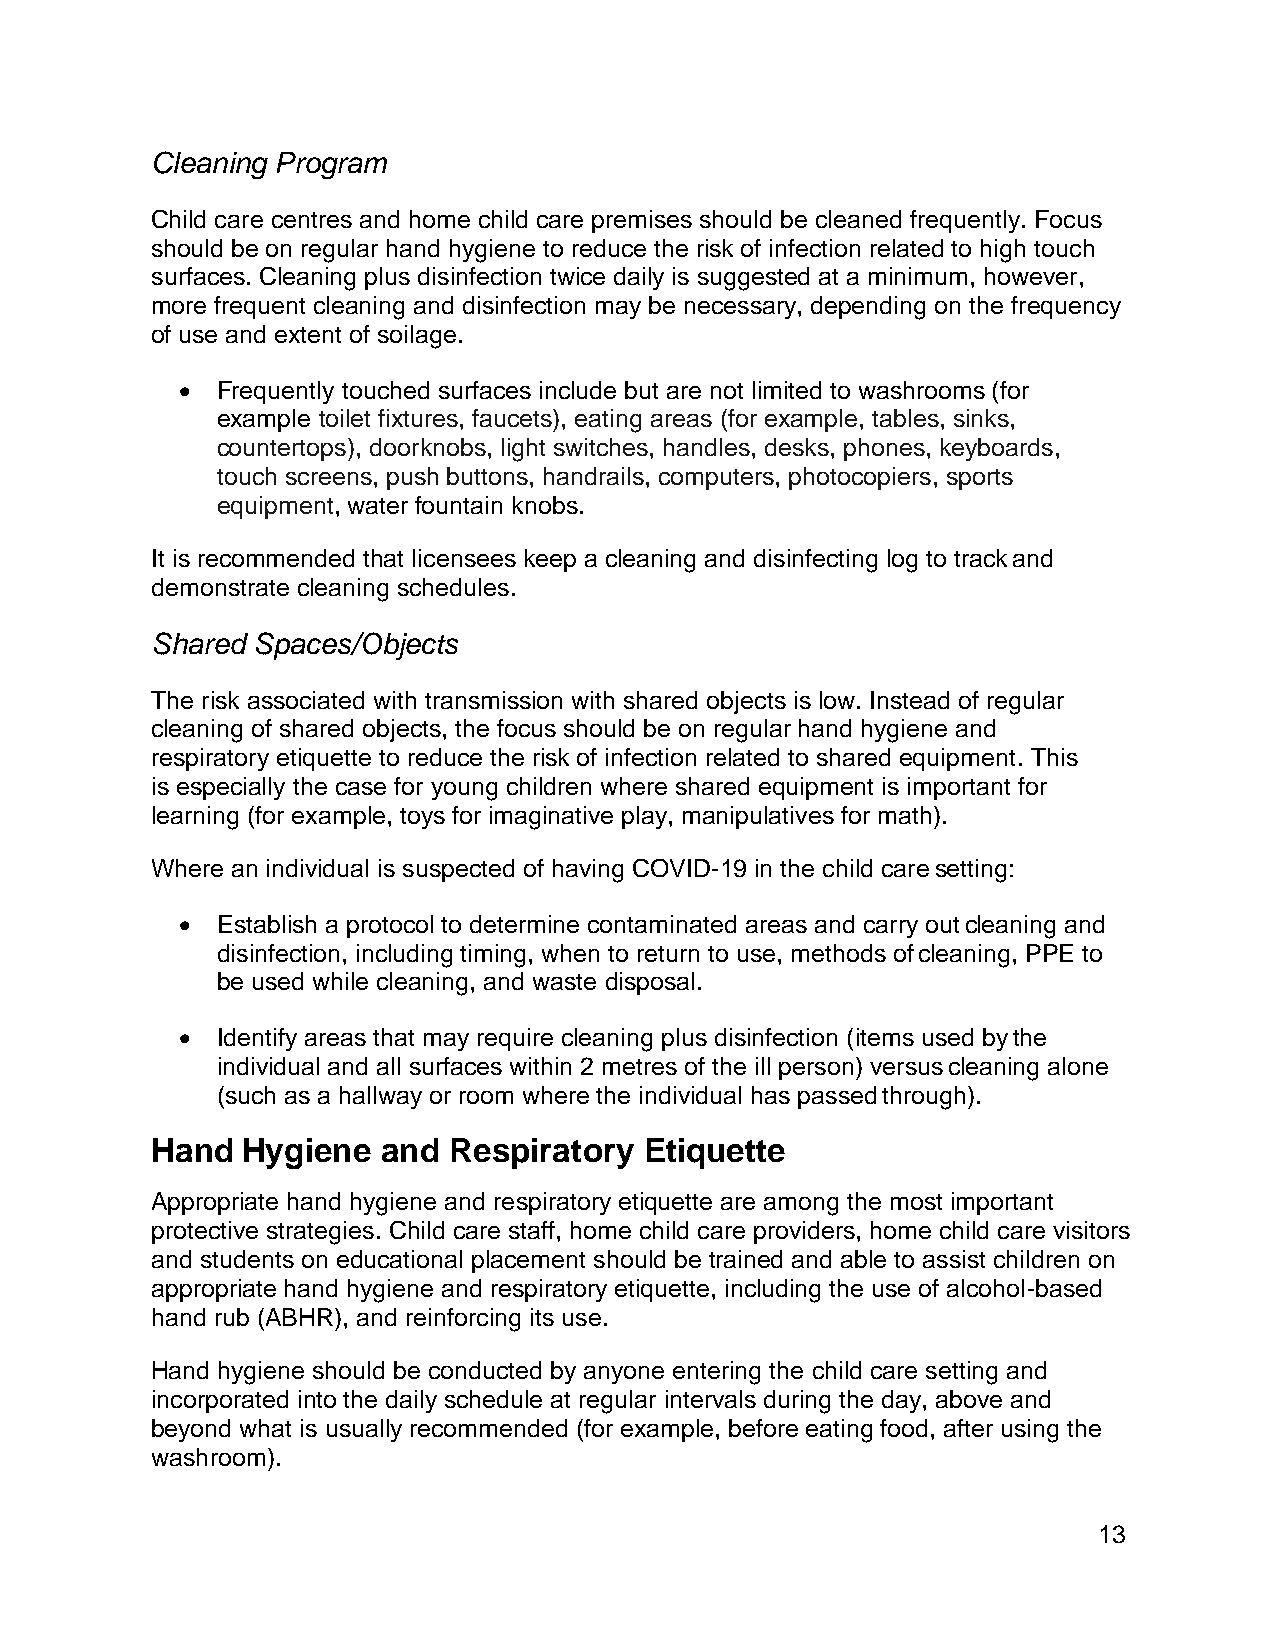
Cleaning Program
 Child care centres and home child care premises should be cleaned frequently. Focus
 should be on regular hand hygiene to reduce the risk of infection related to high touch
 surfaces. Cleaning plus disinfection twice daily is suggested at a minimum, however,
 more frequent cleaning and disinfection may be necessary, depending on the frequency
 of use and extent of soilage.
 • Frequently touched surfaces include but are not limited to washrooms (for
 example toilet fixtures, faucets), eating areas (for example, tables, sinks,
 countertops), doorknobs, light switches, handles, desks, phones, keyboards,
 touch screens, push buttons, handrails, computers, photocopiers, sports
 equipment, water fountain knobs.
 It is recommended that licensees keep a cleaning and disinfecting log to track and
 demonstrate cleaning schedules.
 Shared Spaces/Objects
 The risk associated with transmission with shared objects is low. Instead of regular
 cleaning of shared objects, the focus should be on regular hand hygiene and
 respiratory etiquette to reduce the risk of infection related to shared equipment. This
 is especially the case for young children where shared equipment is important for
 learning (for example, toys for imaginative play, manipulatives for math).
 Where an individual is suspected of having COVID-19 in the child care setting:
 • Establish a protocol to determine contaminated areas and carry out cleaning and
 disinfection, including timing, when to return to use, methods of cleaning, PPE to
 be used while cleaning, and waste disposal.
 • Identify areas that may require cleaning plus disinfection (items used by the
 individual and all surfaces within 2 metres of the ill person) versus cleaning alone
 (such as a hallway or room where the individual has passed through).
 Hand  Hygiene  and  Respiratory  Etiquette
 Appropriate hand hygiene and respiratory etiquette are among the most important
 protective strategies. Child care staff, home child care providers, home child care visitors
 and students on educational placement should be trained and able to assist children on
 appropriate hand hygiene and respiratory etiquette, including the use of alcohol-based
 hand rub (ABHR), and reinforcing its use.
 Hand hygiene should be conducted by anyone entering the child care setting and
 incorporated into the daily schedule at regular intervals during the day, above and
 beyond what is usually recommended (for example, before eating food, after using the
 washroom).
 13